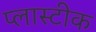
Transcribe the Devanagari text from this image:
प्लास्टीक